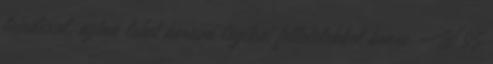
leindexel, aztan lehet keresni logikai feltetelekkel benne. W 95